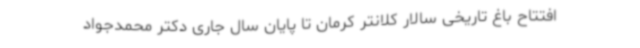
افتتاح باغ تاریخی سالار کلانتر کرمان تا پایان سال جاری دکتر محمدجواد